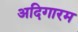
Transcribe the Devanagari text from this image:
अदिगारम